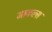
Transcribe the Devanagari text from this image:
माकल्स